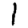
Digit: 1